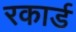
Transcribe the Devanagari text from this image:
रकार्ड